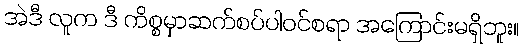
အဲဒီ လူက ဒီ ကိစ္စမှာဆက်စပ်ပါဝင်စရာ အကြောင်းမရှိဘူး။